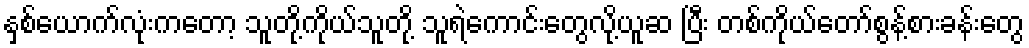
နှစ်ယောက်လုံးကတော့ သူတို့ကိုယ်သူတို့ သူရဲကောင်းတွေလို့ယူဆ ပြီး တစ်ကိုယ်တော်စွန့်စားခန်းတွေ